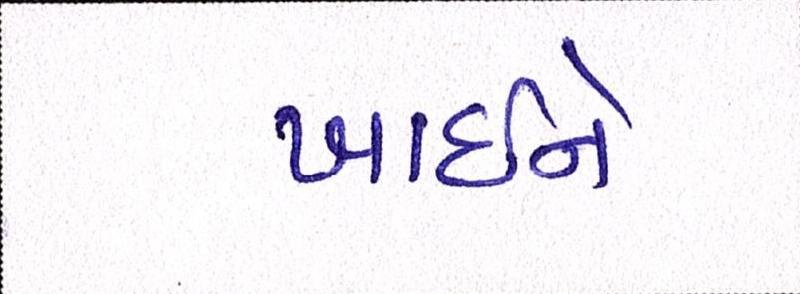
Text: ખાઇને